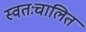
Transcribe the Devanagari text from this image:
स्वतःचालित